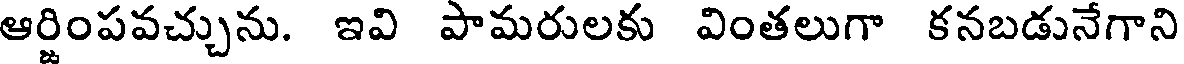
ఆర్జింపవచ్చును. ఇవి పామరులకు వింతలుగా కనబడునేగాని